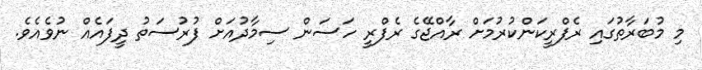
މި މުބަރާތުގައި ރެފްރީކަންކުރުމަށް ރާއްޖޭގެ ރެފްރީ ހަސަން ސިމާދުއަށް ފުރުސަތު ދީފައެއް ނުވެއެވެ.